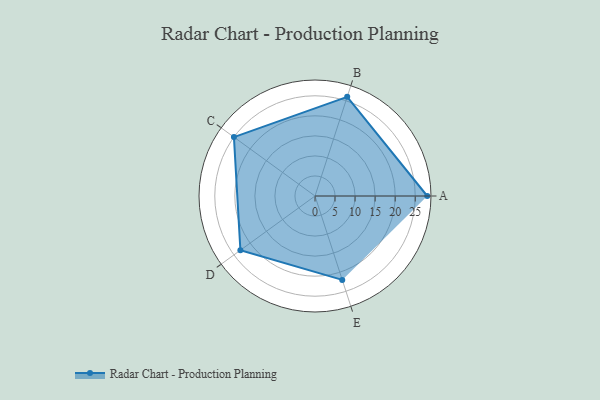
{"axis": {"x": "Skill", "y": "Score"}, "legend": ["Profile"], "data": [{"x": "A", "y": 28.0, "type": "Profile"}, {"x": "B", "y": 26.0, "type": "Profile"}, {"x": "C", "y": 25.0, "type": "Profile"}, {"x": "D", "y": 23.0, "type": "Profile"}, {"x": "E", "y": 22.0, "type": "Profile"}]}